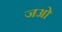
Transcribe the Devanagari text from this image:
जओ